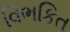
વિભકિત